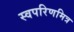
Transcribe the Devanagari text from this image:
स्वपरिणमित्र